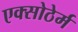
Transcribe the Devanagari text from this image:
एक्सोठेर्म